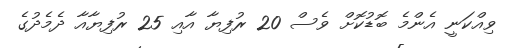
ވިއްކަނީ އެންމެ ބޮޑުކޮށް ވެސް 20 ރުފިޔާ އާއި 25 ރުފިޔާއާ ދެމެދުގެ